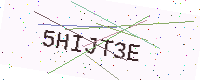
Text: 5HIJT3E